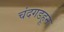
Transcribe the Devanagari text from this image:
चंदगडहून